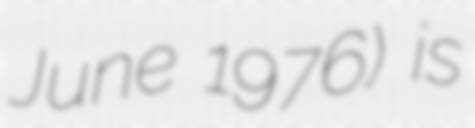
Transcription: June 1976) is